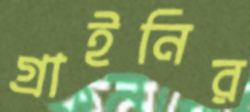
গ্রাইনির